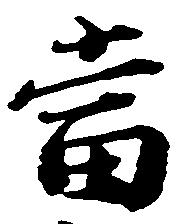
当